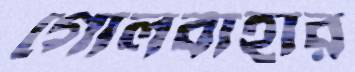
গোলবাহার